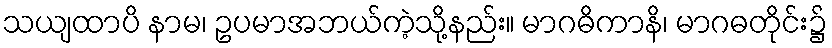
သယျထာပိ နာမ၊ ဥပမာအဘယ်ကဲ့သို့နည်း။ မာဂဓိကာနိ၊ မာဂဓတိုင်း၌